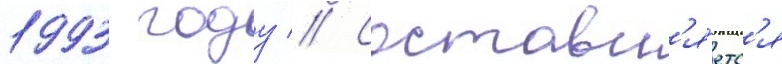
1993 году // Составл'я́етс'я